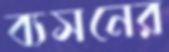
ব্যসনের